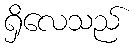
ရှိလေသည်